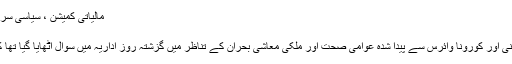
مالیاتی کمیشن ، سیاسی سرپھٹول اور شکاری کے آزمودہ ہتھکنڈے
جمعہ 15 / مئ / 2020
ملک میں انتشار، سیاسی تصادم، بے یقینی اور کورونا وائرس سے پیدا شدہ عوامی صحت اور ملکی معاشی بحران کے تناظر میں گزشتہ روز اداریہ میں سوال اٹھایا گیا تھا کہ اس ڈرامے کا ماسٹر مائینڈ کون ہے؟